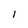
Character: l